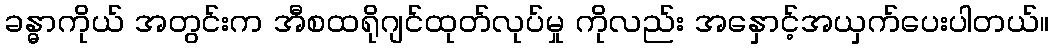
ခန္ဓာကိုယ် အတွင်းက အီစထရိုဂျင်ထုတ်လုပ်မှု ကိုလည်း အနှောင့်အယှက်ပေးပါတယ်။